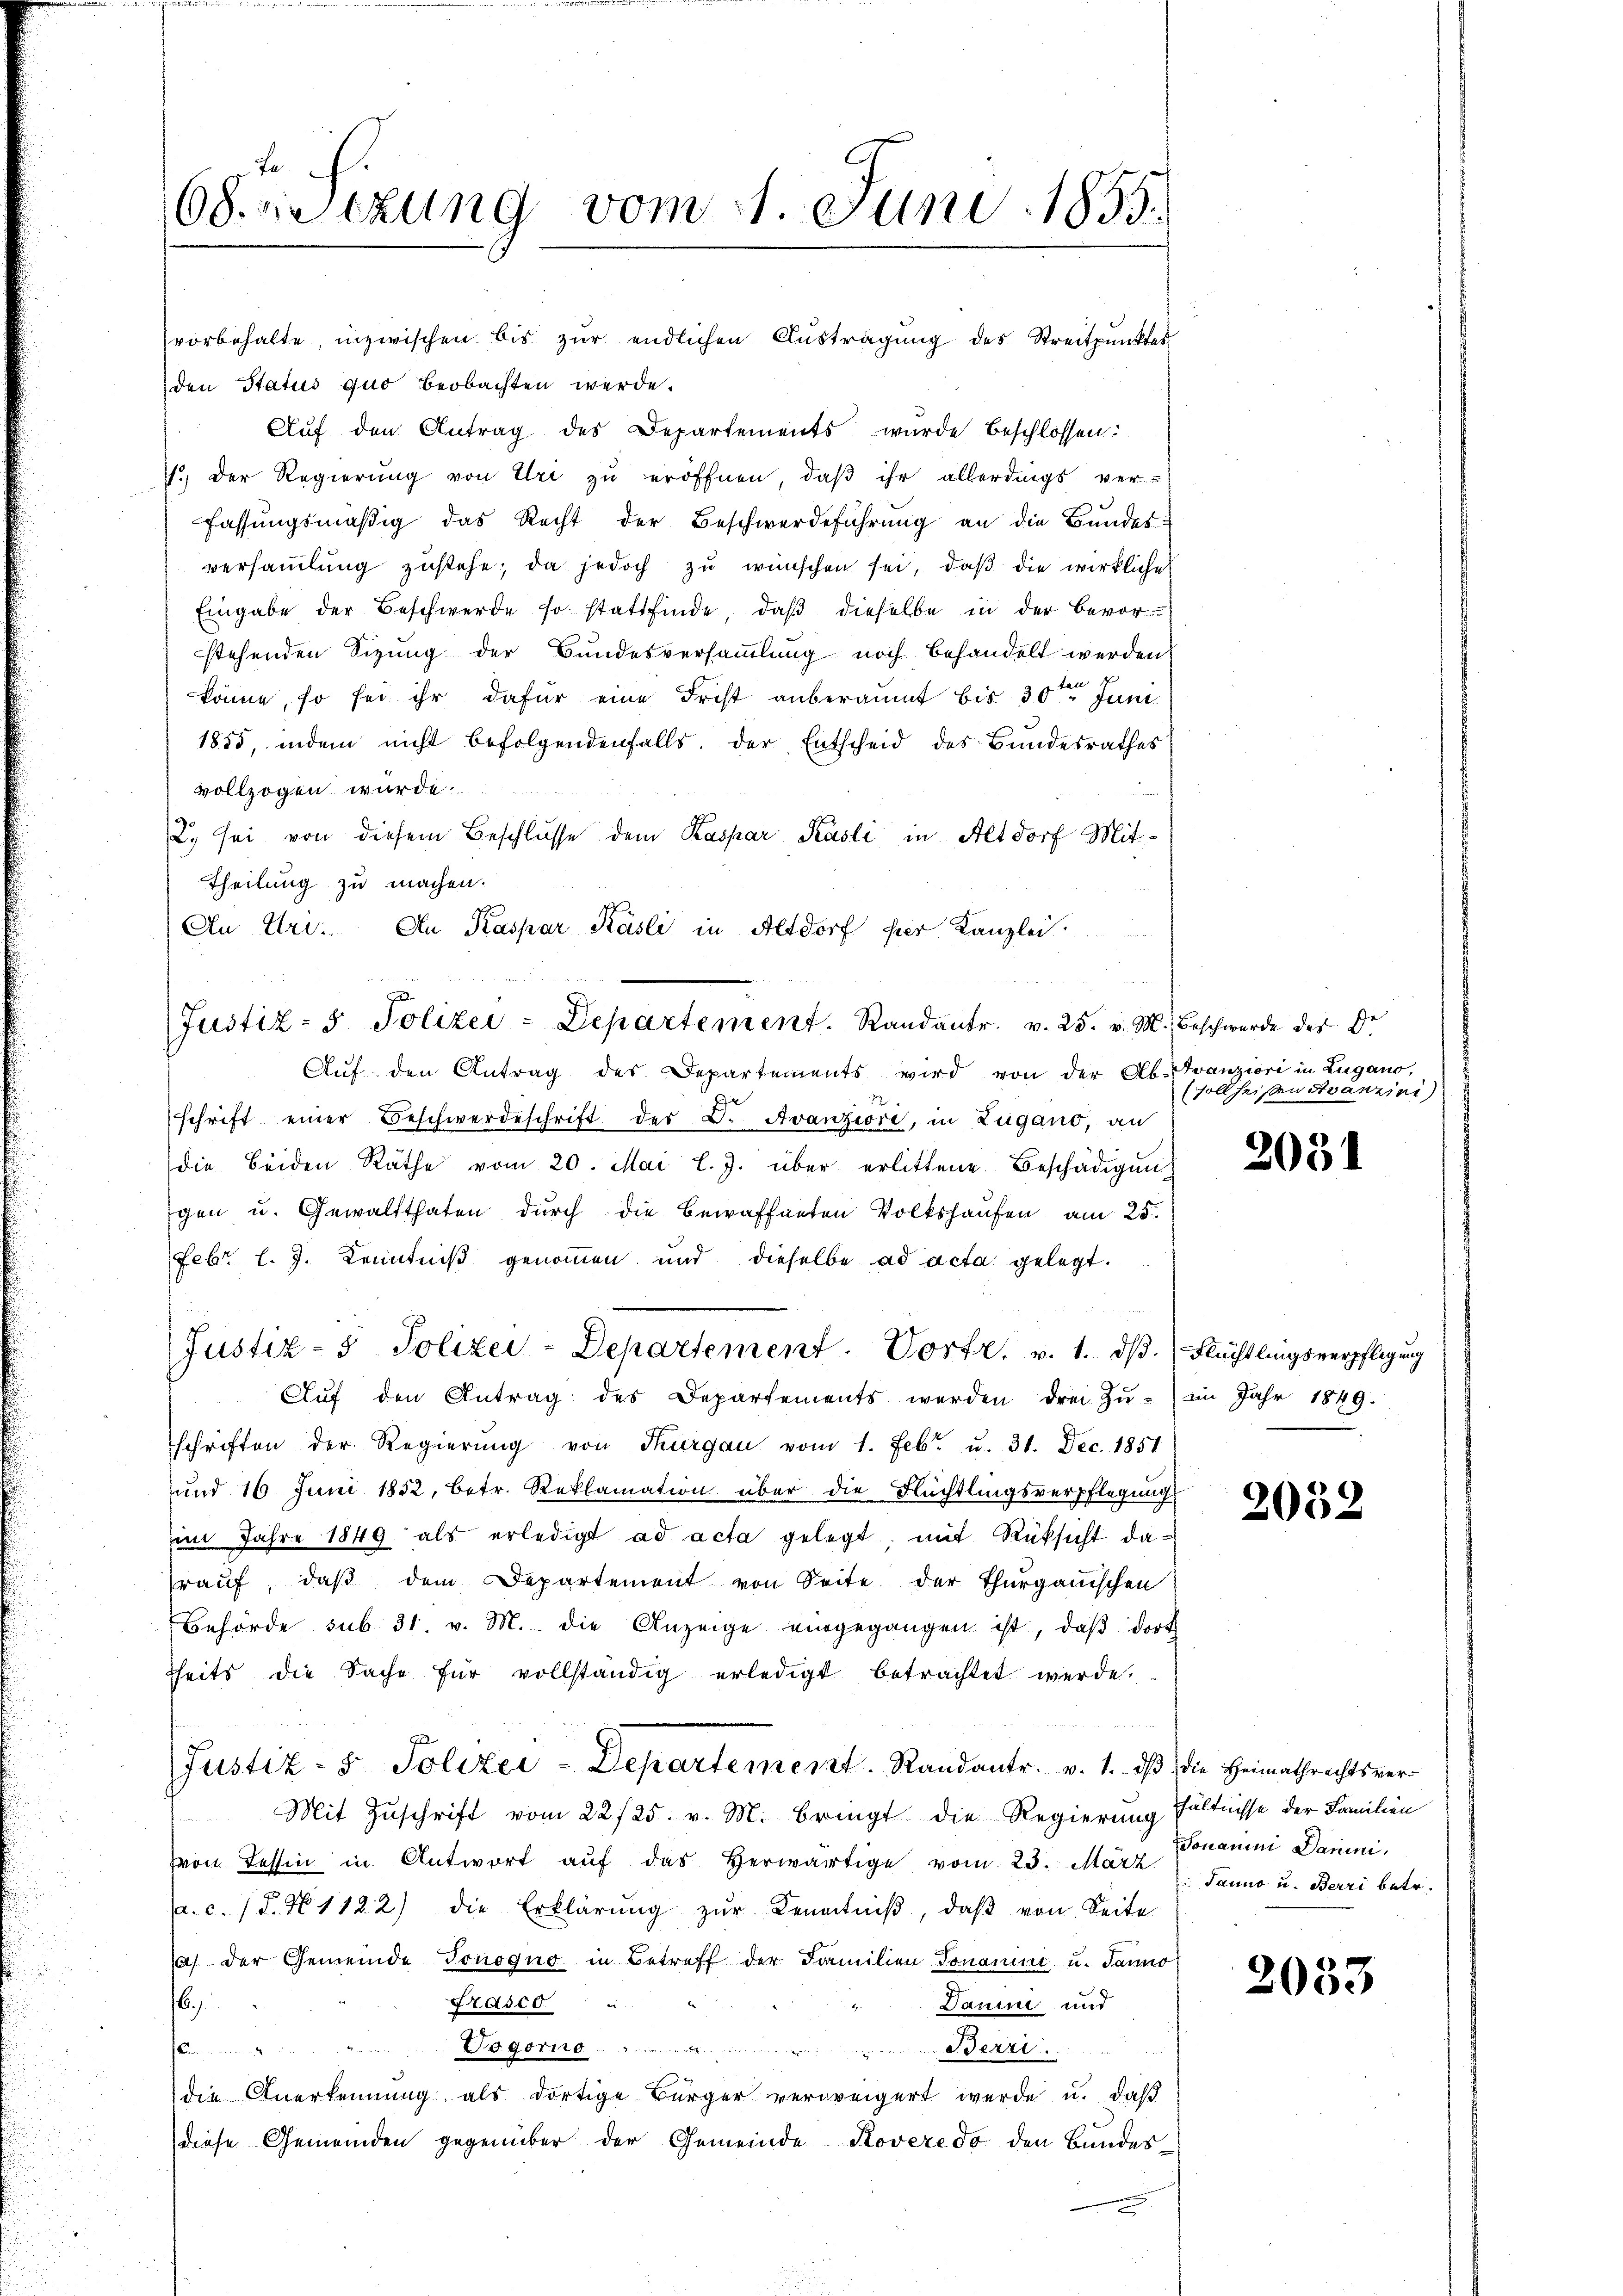
.
68. Sitzung vom 1. Juni 1855.

vorbehalte, inzwischen bis zur endlichen Austragung des Streitpunktes
den Status quo beobachten werde.
Aŭf den Antrag des Departements wurde beschlossen:
1.) Der Regierung von Uri zu eröffnen, daß ihr allerdings ver-
fassungsmäßig das Recht der Beschwerdeführung an die Bundes-
versaṁlŭng zŭstehe; da jedoch zŭ wünschen sei, daβ die wirkliche
Eingabe der Beschwerde so stattfinde, daß dieselbe in der Bevor-
stehenden Sizung der Bundesversammlung noch behandelt werden.
ten
könne, so sei ihr dafür eine Frist anberaumt bis 30ten Juni
1855, indem nicht befolgendenfalls. Der Entscheid des Bundesrathes
vollzogen wurde.
2. sei von diesem Beschlusse dem Kaspar Käsli in Altdorf Mit¬
Theilung zu machen.
An Uri. An Kaspar Käsli in Altdorf per Kanzlei.
.
Justiz- & Polizei-Departement. Randantr. v. 25. v. M. Beschwerde der Dr.
Aŭf den Antrag des Departements wird von der Ab. Franziori in Lugano,
schrift einer Beschwerdeschrift der B. Avanziore, in Zugano, an
die beiden Räthe vom 20. Mai l. J. über erlittene Beschädigungen u. Gewaltthaten durch die Bewaffneten Volkshausen am 25.
Febr. l. J. Kenntniß genommen und dieselbe ad acta gelegt.
Justiz- & Polizei-Departement. Vortr. v. 1. dβ. Flüchtlingsverpflegung
Aŭf den Antrag des Departements werden drei Zŭ-in Jahr 1849.
schriften der Regierŭng von Thurgau vom 1. Febr. u. 31. Dec. 1851
und 16 Juni 1852, betr. Reklamation über die Flüchtlingsverpflegung
im Jahre 1849 als erledigt ad acta gelegt; mit Rüksicht darauf, daß dem Departement von Seite der Thurgauischen
Behörde sub. 31. v. M. die Anzeige eingegangen ist, daβ dort
hheits die Sache für vollständig erledigt betrachtet werde.
Justiz- & Polizei-Departement. Randantr. v. 1. daß die Heimathrechtsver¬
Mit Zŭschrift vom 22/25. v. M. bringt die Regierung hältnisse der Familien
von Tessin in Antwort aŭf das herwärtige vom 23. März Ponamni Darini,
a.c. (T. No 1122) die Erklärŭng zŭr Kenntniβ, daβ von Seite
1) der Gemeinde Jonoquo in Betreff der Familien Tonomini u. Janno
Frasco
Daume und
16)
dro gering.  ..  .. ..  ..  Beri
Commung
die Anerkennung als dortige Bürger verweigert werde u. daß
diese Gemeinden gegenüber der Gemeinde Roveredo den Bundes

(soll heißen Avanzini)

2051

2052

Janno u. Barri betr.

2053